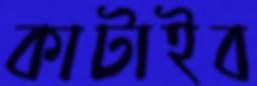
কাটাইব